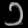
Digit: ၁